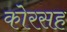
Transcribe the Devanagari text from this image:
कोरसह